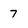
Character: 7